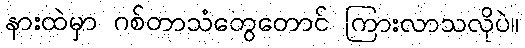
နားထဲမှာ ဂစ်တာသံတွေတောင် ကြားလာသလိုပဲ။